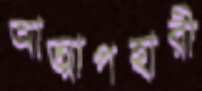
আত্মাপহারী